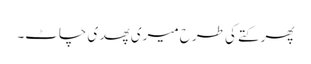
پھر کتے کی طرح میری پھدی چاٹ۔